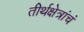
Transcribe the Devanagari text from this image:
तीर्थक्षेत्रांचं